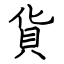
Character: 貨